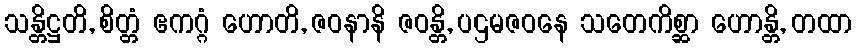
သန္တိဋ္ဌတိ, စိတ္တံ ဧကဂ္ဂံ ဟောတိ, ဇဝနာနိ ဇဝန္တိ, ပဌမဇဝနေ သတေကိစ္ဆာ ဟောန္တိ, တထာ